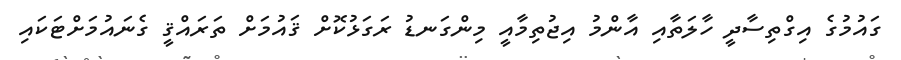
ގައުމުގެ އިގްތިސާދީ ހާލަތާއި އާންމު އިޖުތިމާއީ މިންގަނޑު ރަގަޅުކޮށް ޤައުމަށް ތަރައްޤީ ގެނައުމަށްޓަކައި